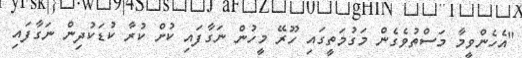
"އެހެންވީމާ މަސްތުވެގެން މަގުމަތީގައި ހޫރޭ މީހުން ނަގާފައި ކުށް ކުރާ ކުޑަކުދިން ނަގާފައި